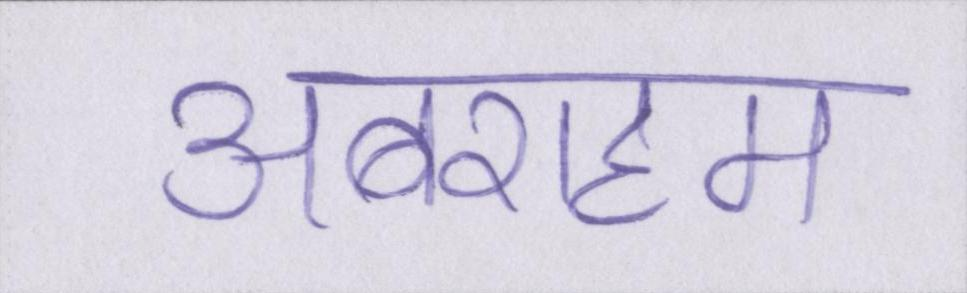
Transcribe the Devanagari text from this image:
अबराहम